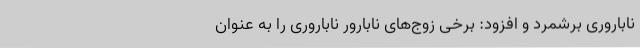
ناباروری برشمرد و افزود: برخی زوج‌های نابارور ناباروری را به عنوان